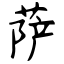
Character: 萨